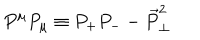
LaTeX: P ^ { \mu } P _ { \mu } \equiv P _ { + } P _ { - } - \vec { P } _ { \perp } ^ { 2 }